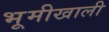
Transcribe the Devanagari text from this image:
भूमीखाली